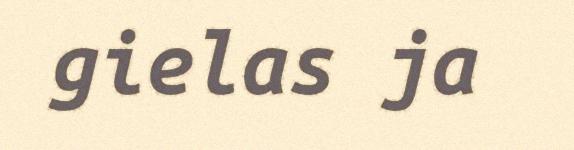
gielas ja